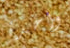
واحدة